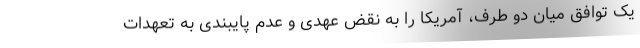
یک توافق میان دو طرف، آمریکا را به نقض عهدی و عدم پایبندی به تعهدات